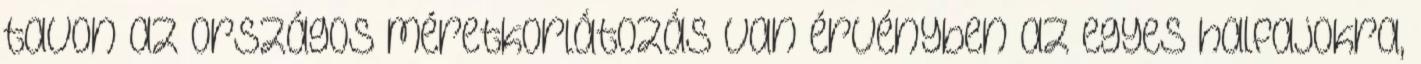
tavon az országos méretkorlátozás van érvényben az egyes halfajokra,